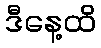
ဒီနေ့ထိ